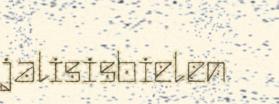
jalisisbielen